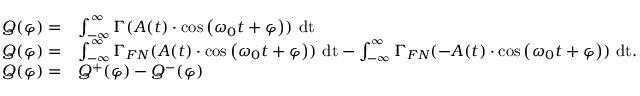
\begin{array} { r l } { Q ( \varphi ) = } & { \int _ { - \infty } ^ { \infty } \Gamma ( A ( t ) \cdot \mathrm { c o s } \left( \omega _ { 0 } t + \varphi \right) ) ~ \mathrm { d t } } \\ { Q ( \varphi ) = } & { \int _ { - \infty } ^ { \infty } \Gamma _ { F N } ( A ( t ) \cdot \mathrm { c o s } \left( \omega _ { 0 } t + \varphi \right) ) ~ \mathrm { d t } - \int _ { - \infty } ^ { \infty } \Gamma _ { F N } ( - A ( t ) \cdot \mathrm { c o s } \left( \omega _ { 0 } t + \varphi \right) ) ~ \mathrm { d t } . } \\ { Q ( \varphi ) = } & { Q ^ { + } ( \varphi ) - Q ^ { - } ( \varphi ) } \end{array}